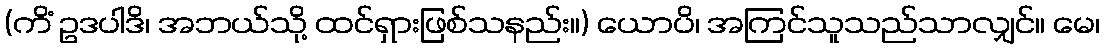
(ကိံ ဥဒပါဒိ၊ အဘယ်သို့ ထင်ရှားဖြစ်သနည်း။) ယောပိ၊ အကြင်သူသည်သာလျှင်။ မေ၊